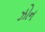
ઝોન